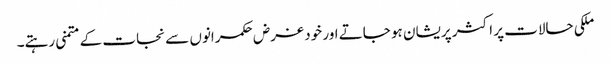
ملکی حالات پر اکثر پریشان ہو جاتے اور خود غرض حکمرانوں سے نجات کے متمنی رہتے۔